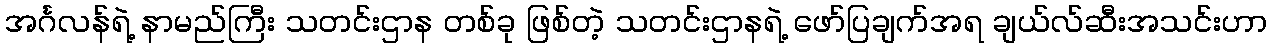
အင်္ဂလန်ရဲ့ နာမည်ကြီး သတင်းဌာန တစ်ခု ဖြစ်တဲ့ သတင်းဌာနရဲ့ ဖော်ပြချက်အရ ချယ်လ်ဆီးအသင်းဟာ